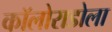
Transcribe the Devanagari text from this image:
कॉलोराडोला